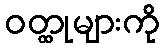
ဝတ္ထုများကို